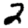
Digit: 2